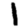
Digit: 1